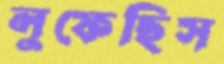
লুফেছিস